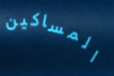
المساكين